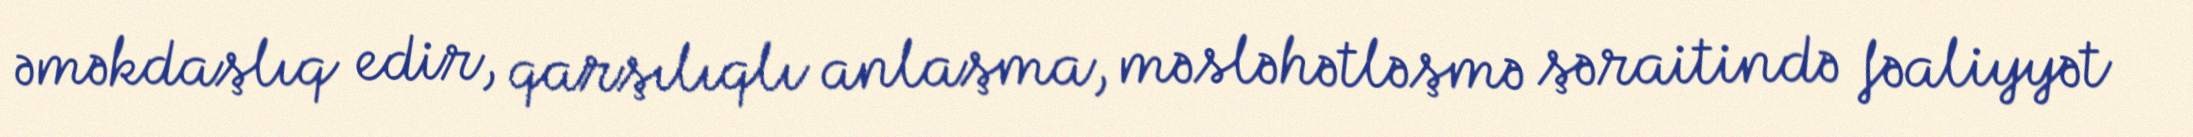
əməkdaşlıq edir, qarşılıqlı anlaşma, məsləhətləşmə şəraitində fəaliyyət